Source: Handwritten
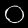
Digit: ၀ (0)